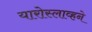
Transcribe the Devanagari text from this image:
यारोस्लाव्हने